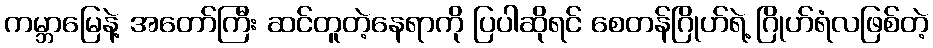
ကမ္ဘာမြေနဲ့ အတော်ကြီး ဆင်တူတဲ့နေရာကို ပြပါဆိုရင် စေတန်ဂြိုဟ်ရဲ့ ဂြိုဟ်ရံလဖြစ်တဲ့